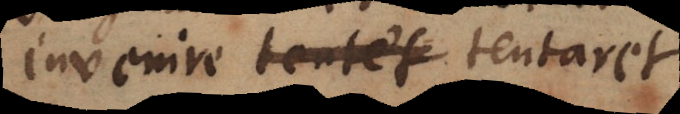
invenire _ tentaret